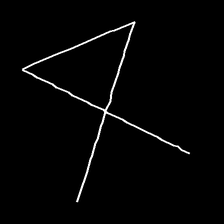
Glyph: collection